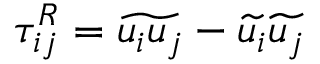
\tau _ { i j } ^ { R } = \widetilde { u _ { i } u _ { j } } - \widetilde { u _ { i } } \widetilde { u _ { j } }